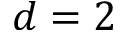
d = 2